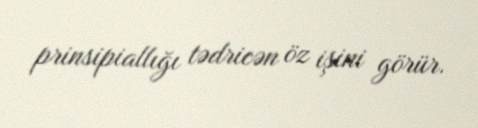
prinsipiallığı tədricən öz işini görür.